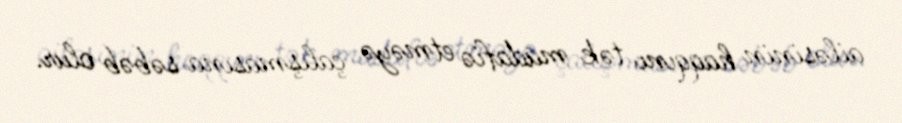
ailəsinin haqqını tək müdafiə etməyə çalışmasına səbəb olur.